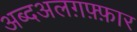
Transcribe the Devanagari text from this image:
अब्दअलग़फ़्फ़ार